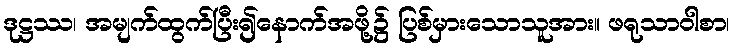
ဒုဋ္ဌဿ၊ အမျက်ထွက်ပြီး၍နောက်အဖို့၌ ပြစ်မှားသောသူအား။ ဖရုသာဝါစာ၊